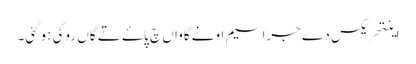
اینتھریکس دے جراسیم اونے گاواں چ پاۓ تے گاں روگی ہوگئی۔